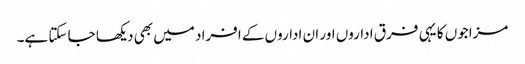
مزاجوں کا یہی فرق اداروں اور ان اداروں کے افراد میں بھی دیکھا جا سکتا ہے۔